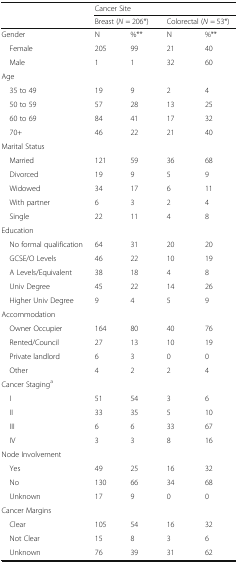
|  | <COLSPAN=4> Cancer Site |
 |  | <COLSPAN=2> Breast (N = 206*) | <COLSPAN=2> Colorectal (N = 53*) |
 | --- | --- | --- | --- | --- |
 | Gender | N | %** | N | %** |
 | Female | 205 | 99 | 21 | 40 |
 | Male | 1 | 1 | 32 | 60 |
 | <COLSPAN=5> Age |
 | 35 to 49 | 19 | 9 | 2 | 4 |
 | 50 to 59 | 57 | 28 | 13 | 25 |
 | 60 to 69 | 84 | 41 | 17 | 32 |
 | 70+ | 46 | 22 | 21 | 40 |
 | <COLSPAN=5> Marital Status |
 | Married | 121 | 59 | 36 | 68 |
 | Divorced | 19 | 9 | 5 | 9 |
 | Widowed | 34 | 17 | 6 | 11 |
 | With partner | 6 | 3 | 2 | 4 |
 | Single | 22 | 11 | 4 | 8 |
 | <COLSPAN=5> Education |
 | No formal qualification | 64 | 31 | 20 | 20 |
 | GCSE/O Levels | 46 | 22 | 10 | 19 |
 | A Levels/Equivalent | 38 | 18 | 4 | 8 |
 | Univ Degree | 45 | 22 | 14 | 26 |
 | Higher Univ Degree | 9 | 4 | 5 | 9 |
 | <COLSPAN=5> Accommodation |
 | Owner Occupier | 164 | 80 | 40 | 76 |
 | Rented/Council | 27 | 13 | 10 | 19 |
 | Private landlord | 6 | 3 | 0 | 0 |
 | Other | 4 | 2 | 2 | 4 |
 | <COLSPAN=5> Cancer Staginga |
 | I | 51 | 54 | 3 | 6 |
 | II | 33 | 35 | 5 | 10 |
 | III | 6 | 6 | 33 | 67 |
 | IV | 3 | 3 | 8 | 16 |
 | <COLSPAN=5> Node Involvement |
 | Yes | 49 | 25 | 16 | 32 |
 | No | 130 | 66 | 34 | 68 |
 | Unknown | 17 | 9 | 0 | 0 |
 | Cancer Margins |  |  |  |  |
 | Clear | 105 | 54 | 16 | 32 |
 | Not Clear | 15 | 8 | 3 | 6 |
 | Unknown | 76 | 39 | 31 | 62 |